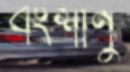
বংশাণু